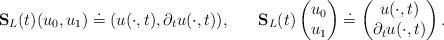
LaTeX: \begin{align*} &\mathbf{S}_L (t) (u_0,u_1) \doteq (u(\cdot, t), \partial_t u (\cdot, t)),& &\mathbf{S}_L (t) \begin{pmatrix} u_0\\ u_1 \end{pmatrix} \doteq \begin{pmatrix} u(\cdot, t)\\ \partial_t u(\cdot, t) \end{pmatrix}.& \end{align*}